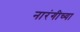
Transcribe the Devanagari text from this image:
नारंगीच्या